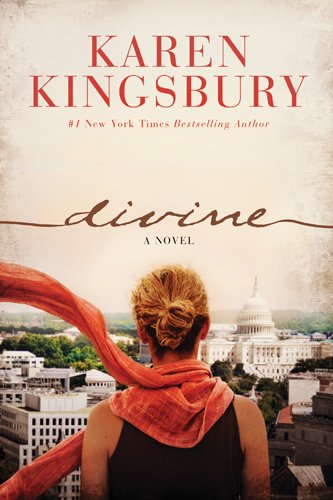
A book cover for Divine; Karen Kingsbury; Religion & Spirituality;